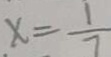
x = \frac { 1 } { 7 }